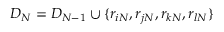
D _ { N } = D _ { N - 1 } \cup \{ r _ { i N } , r _ { j N } , r _ { k N } , r _ { l N } \}